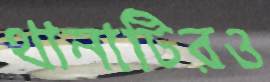
থানাটিরও